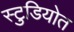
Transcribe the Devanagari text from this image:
स्टुडियोत